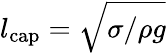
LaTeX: l_{\mathrm{cap}}=\sqrt{\sigma/\rho g}